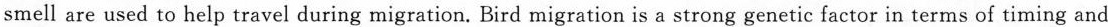
smell are used to help travel during migration. Bird migration is a strong genetic factor in terms of timing and